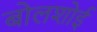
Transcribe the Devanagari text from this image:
बोलशोई